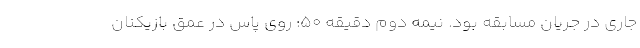
جاری در جریان مسابقه بود. نیمه دوم دقیقه 50: روی پاس در عمق بازیکنان